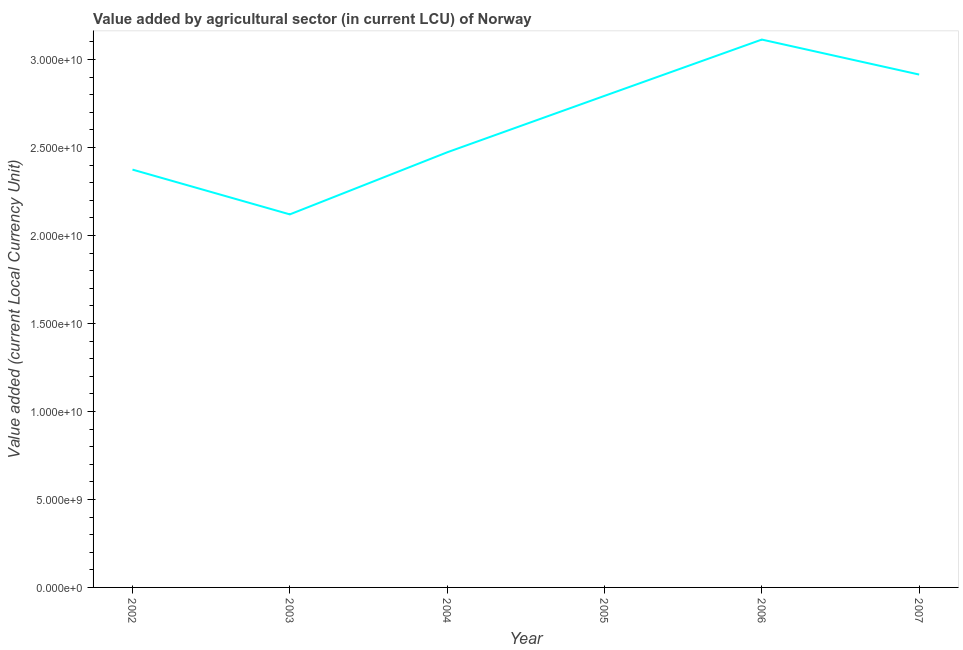
| Year | Agriculture |
 | --- | --- |
 | 2002 | 2.37e+10 |
 | 2003 | 2.12e+10 |
 | 2004 | 2.47e+10 |
 | 2005 | 2.79e+10 |
 | 2006 | 3.11e+10 |
 | 2007 | 2.91e+10 |